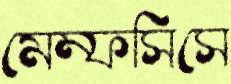
মেম্ফসিসে